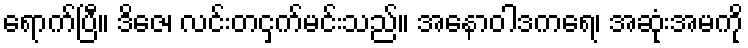
ရောက်ပြီ။ ဒိဇေ၊ လင်းတငှက်မင်းသည်။ အနောဝါဒကရေ၊ အဆုံးအမကို